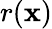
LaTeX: r(\mathbf{x})